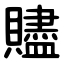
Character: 贐